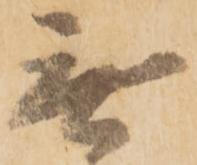
無